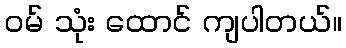
ဝမ် သုံး ထောင် ကျပါတယ်။